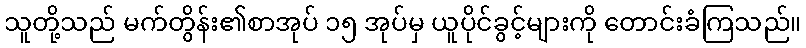
သူတို့သည် မက်တွိန်း၏စာအုပ် ၁၅ အုပ်မှ ယူပိုင်ခွင့်များကို တောင်းခံကြသည်။